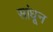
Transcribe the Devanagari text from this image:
सांधून